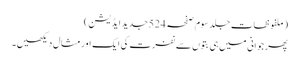
(ملفوظات جلد سوم صفحہ 524جدید ایڈیشن)
پھر جوانی میں ہی بتوں سے نفرت کی ایک اور مثال دیکھیں۔